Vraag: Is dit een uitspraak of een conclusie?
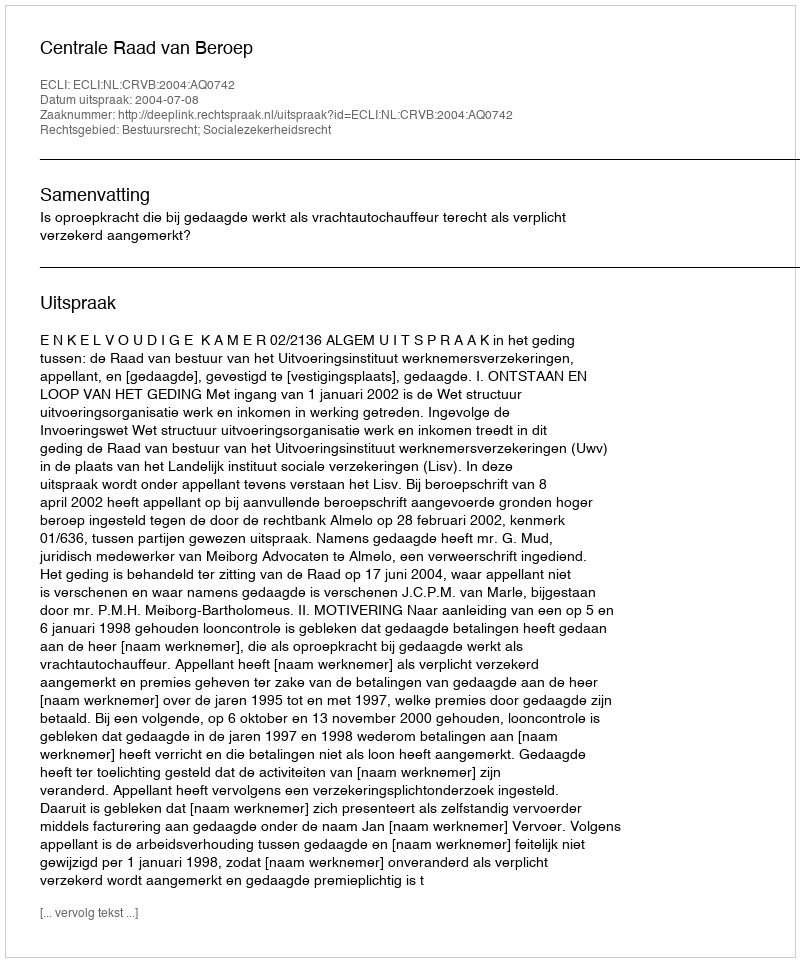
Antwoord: Uitspraak